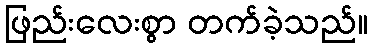
ဖြည်းလေးစွာ တက်ခဲ့သည်။